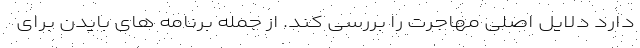
دارد دلایل اصلی مهاجرت را بررسی کند. از جمله برنامه های بایدن برای